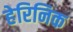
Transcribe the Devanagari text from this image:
हेरिनिक